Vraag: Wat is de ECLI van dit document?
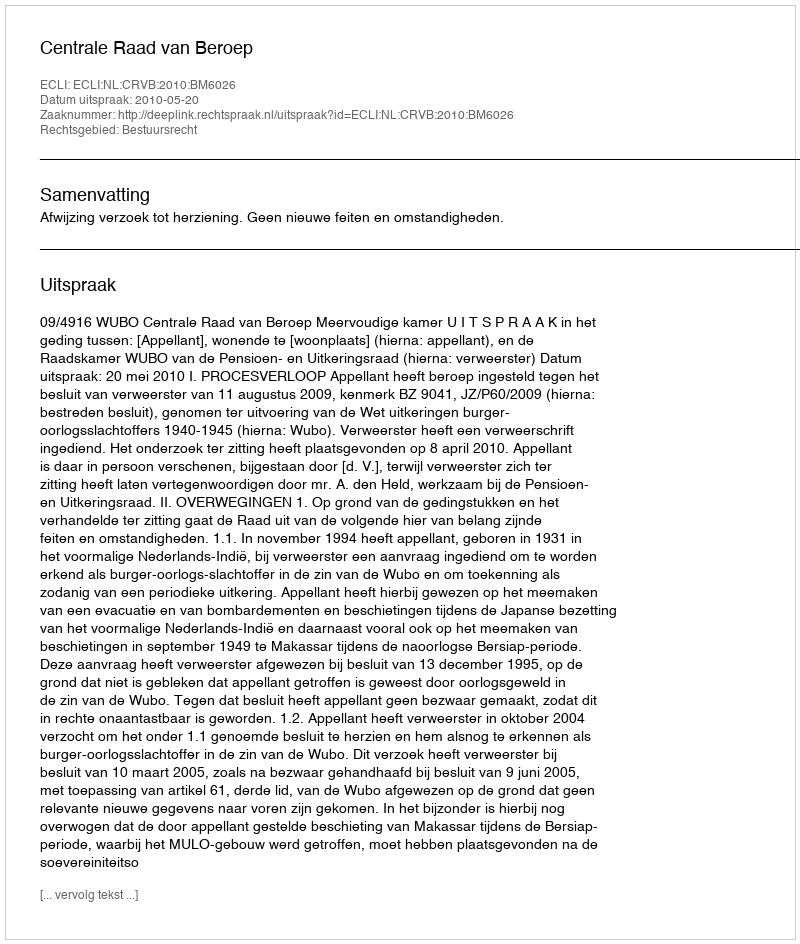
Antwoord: ECLI:NL:CRVB:2010:BM6026